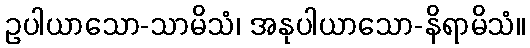
ဥပါယာသော-သာမိသံ၊ အနုပါယာသော-နိရာမိသံ။